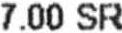
7.00 SR